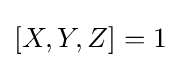
[X,Y,Z]=1